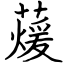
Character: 蕿